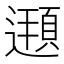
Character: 𨗶